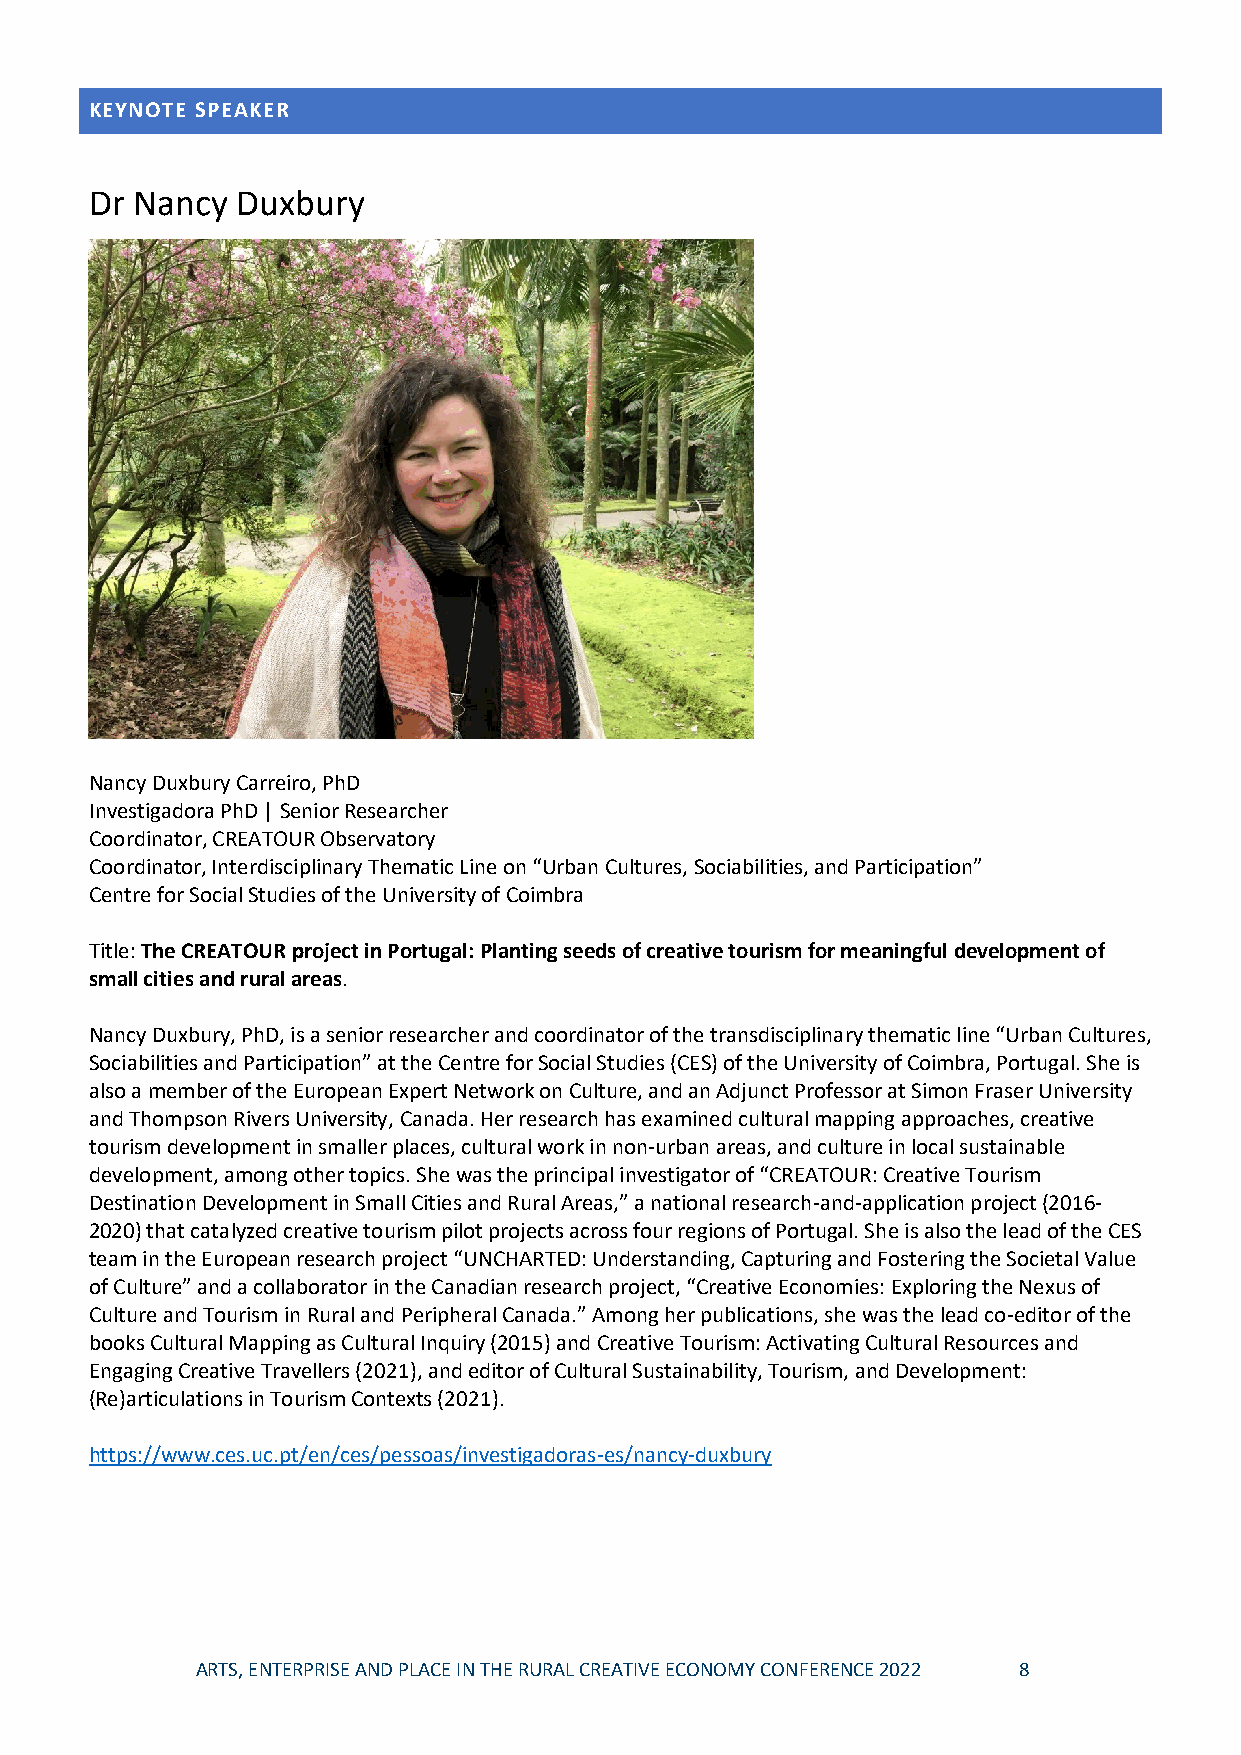
KEYNOTE SPEAKER
 Dr Nancy  Duxbury
 Nancy Duxbury Carreiro, PhD
 Investigadora PhD | Senior Researcher
 Coordinator, CREATOUR Observatory
 Coordinator, Interdisciplinary Thematic Line on “Urban Cultures, Sociabilities, and Participation”
 Centre for Social Studies of the University of Coimbra
 Title: The CREATOUR project in Portugal: Planting seeds of creative tourism for meaningful development of
 small cities and rural areas.
 Nancy Duxbury, PhD, is a senior researcher and coordinator of the transdisciplinary thematic line “Urban Cultures,
 Sociabilities and Participation” at the Centre for Social Studies (CES) of the University of Coimbra, Portugal. She is
 also a member of the European Expert Network on Culture, and an Adjunct Professor at Simon Fraser University
 and Thompson Rivers University, Canada. Her research has examined cultural mapping approaches, creative
 tourism development in smaller places, cultural work in non-urban areas, and culture in local sustainable
 development, among other topics. She was the principal investigator of “CREATOUR: Creative Tourism
 Destination Development in Small Cities and Rural Areas,” a national research-and-application project (2016-
 2020) that catalyzed creative tourism pilot projects across four regions of Portugal. She is also the lead of the CES
 team in the European research project “UNCHARTED: Understanding, Capturing and Fostering the Societal Value
 of Culture” and a collaborator in the Canadian research project, “Creative Economies: Exploring the Nexus of
 Culture and Tourism in Rural and Peripheral Canada.” Among her publications, she was the lead co-editor of the
 books Cultural Mapping as Cultural Inquiry (2015) and Creative Tourism: Activating Cultural Resources and
 Engaging Creative Travellers (2021), and editor of Cultural Sustainability, Tourism, and Development:
 (Re)articulations in Tourism Contexts (2021).
 https://www.ces.uc.pt/en/ces/pessoas/investigadoras-es/nancy-duxbury
 ARTS, ENTERPRISE AND PLACE IN THE RURAL CREATIVE ECONOMY CONFERENCE 2022 8